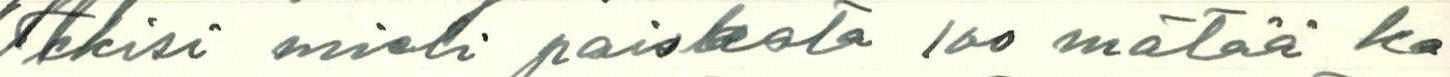
Tekisi mieli paiskata 100 mätää ka